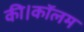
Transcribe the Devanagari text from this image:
की।कॉलम